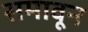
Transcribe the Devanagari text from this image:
समावून